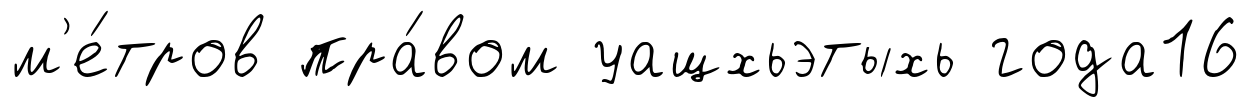
м'е́тров пра́вом уащхьэтыхь года16